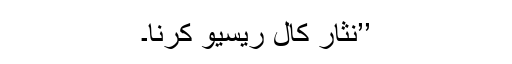
’’نثار کال ریسیو کرنا۔